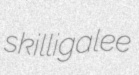
skilligalee